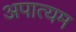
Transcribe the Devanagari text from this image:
अपात्यम